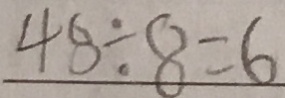
4 8 \div 8 = 6